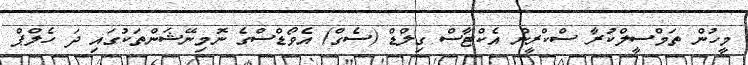
މީހުން ތަމްސީލްކުރާ ސްކްރީން އެކްޓާސް ގިލްޑް (ސެގް) އެވޯޑްސްގެ ނޮމިނޭޝަންތަކުގައި ދަ ހެލްޕް